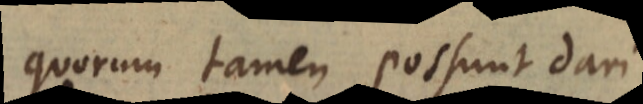
quorum tamen possunt dari